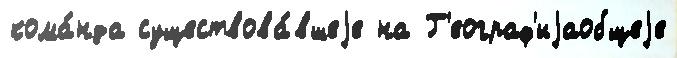
кома́нда существова́вшеjе на Г'еограф'иjаобщеjе